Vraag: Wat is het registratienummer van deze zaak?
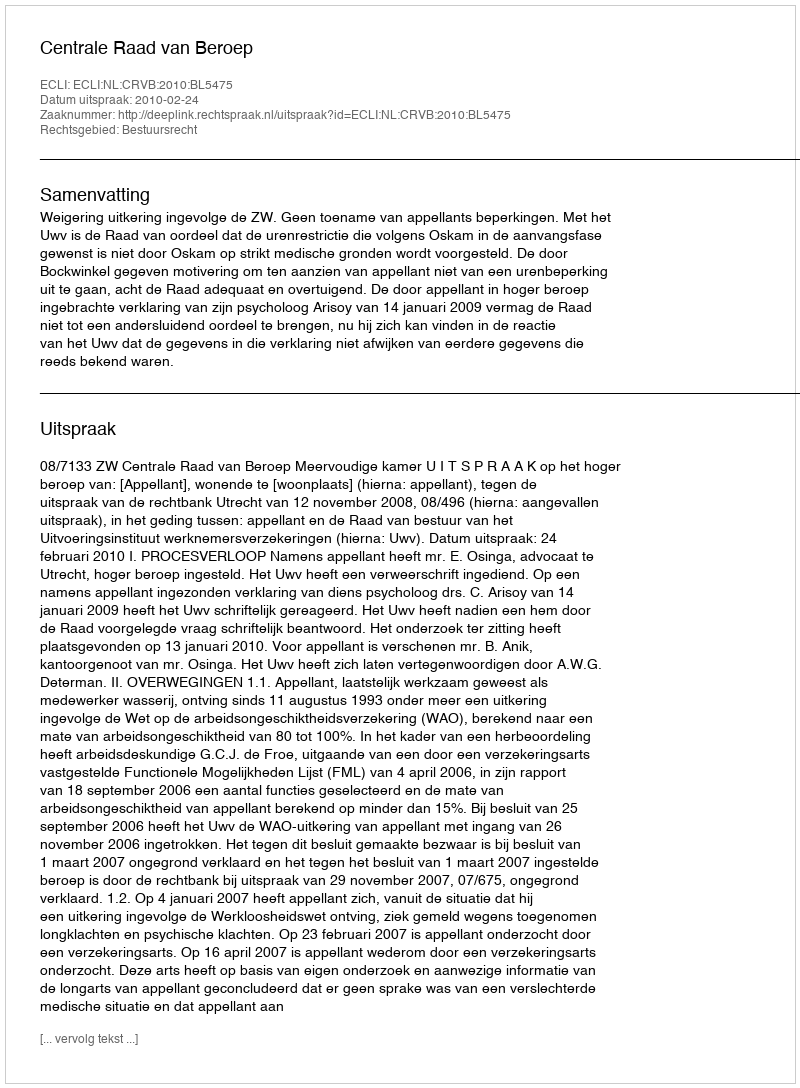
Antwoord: http://deeplink.rechtspraak.nl/uitspraak?id=ECLI:NL:CRVB:2010:BL5475